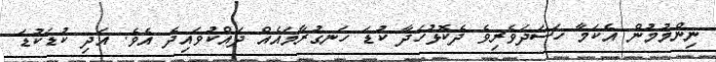
ނިންމުމުން އެކަމާ ހަސަދަވެރިވެ ދެކޮޅުހަދާ ކުޑަ ހަނގުރާމައެއް ދައްކުވައިދެ އެވެ. އަދި ކުޑަކުޑަ